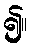
၍။